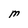
Character: M